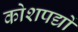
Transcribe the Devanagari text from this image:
कोशपद्यों